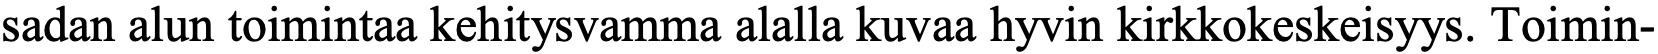
sadan alun toimintaa kehitysvamma alalla kuvaa hyvin kirkkokeskeisyys. Toimin-